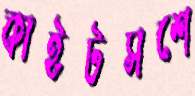
কাইটসশে